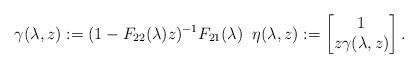
LaTeX: \begin{align*}\gamma(\lambda,z):=(1-F_{22}(\lambda)z)^{-1}F_{21}(\lambda)\;\;\eta(\lambda,z):=\begin{bmatrix}1\\z\gamma(\lambda,z) \end{bmatrix}.\end{align*}